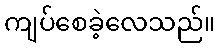
ကျပ်စေခဲ့လေသည်။